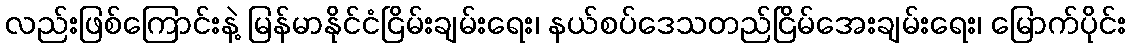
လည်းဖြစ်ကြောင်းနဲ့ မြန်မာနိုင်ငံငြိမ်းချမ်းရေး၊ နယ်စပ်ဒေသတည်ငြိမ်အေးချမ်းရေး၊ မြောက်ပိုင်း